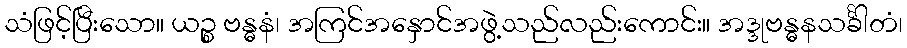
သံဖြင့်ပြီးသော။ ယဉ္စ ဗန္ဓနံ၊ အကြင်အနှောင်အဖွဲ့သည်လည်းကောင်း။ အဒ္ဒုဗန္ဓနသင်္ခါတံ၊